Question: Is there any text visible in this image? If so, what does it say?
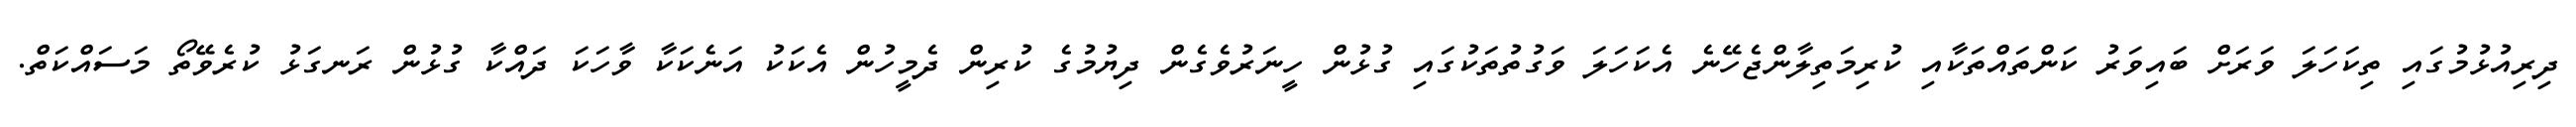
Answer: ދިރިއުޅުމުގައި ތިކަހަލަ ވަރަށް ބައިވަރު ކަންތައްތަކާއި ކުރިމަތިލާންޖެހޭނެ އެކަހަލަ ވަގުތުތަކުގައި ގުޅުން ހީނަރުވެގެން ދިޔުމުގެ ކުރިން ދެމީހުން އެކަކު އަނެކަކާ ވާހަކަ ދައްކާ ގުޅުން ރަނގަޅު ކުރެވޭތޯ މަސައްކަތް.